Report on vaccination in Madras 1922-1929 - 1922-1929
Year: 1922
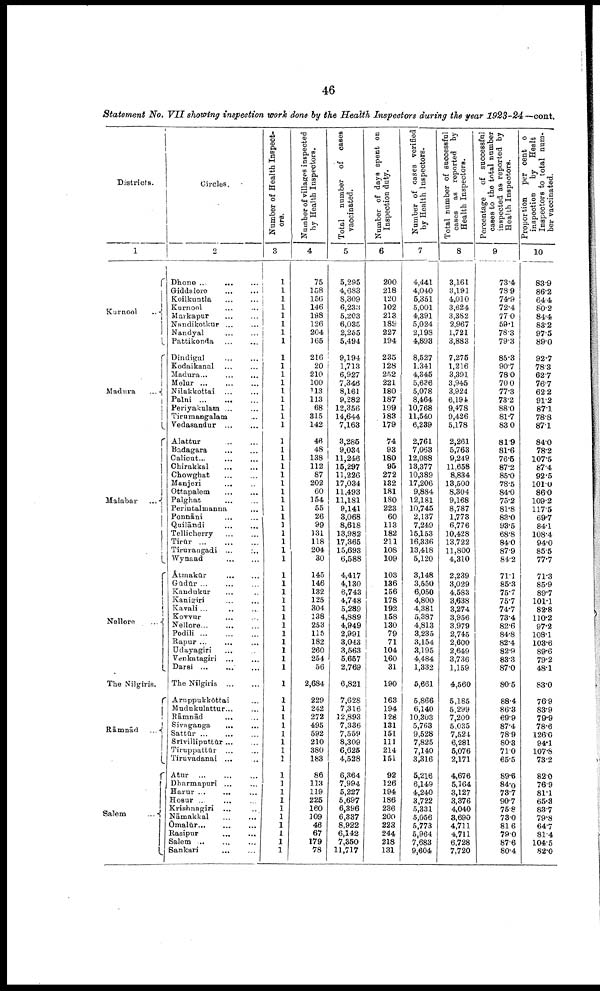
46
Statement No. VII showing inspection work done by the Health Inspectors during the year 1923-24—cont.
Districts.
1
Kurnool...
Madura...
Malabar...
Nellore.
The Nilgiris.
Rāmnād.
Salem.
Circles.
2
Dhone... ...
Giddalore... ...
Koilkuntla...
Kurnool...
Markapur...
Nandikotkur...
Nandyal... ...
Pattikonda...
...
Dindigul... ...
Kodaikanal... ...
Madura... ...
Melur... ...
Nilakkottai... ...
Palni... ...
Periyakulam... ...
Tirumangalam...
Vedasandur...
...
Alattur... ...
Badagara... ...
Calicut... ...
Chirakkal... ...
Chowghat... ...
Manjeri... ...
Ottapalem...
Palghat... ...
Perintalmanna...
Ponnāni...
Quilāndi... ...
Tellicherry... ...
Tirūr... ...
Tirurangadi... ...
Wynaad... ...
Àtmakūr...
Gūdūr...
Kaudukur...
Kanigiri...
Kavali ...
Kovvur...
Nellore... ...
Podili... ...
Rapur...
Udayagiri... ...
Venkatagiri... ...
Darsi...
The Nilgiris
Aruppukkōttai...
Mudukulattur...
Rāmnād
...
Sivaganga
...
Sattūr...
Srivilliputtūr...
Tiruppattūr ...
Tiruvadanai ...
Atur...
Dharmapuri ...
Harur ...
Hosur ...
Krishnagiri
Nāmakkal...
Omalūr... ...
Rasipur
Salem ...
Bankari
...
Number of Health Inspect.
ors.
3
1
1
1
1
1
1
1
1
1
1
1
1
1
1
1
1
1
1
1
1
1
1
1
1
1
1
1
1
1
1
1
1
1
1
1
1
1
1
1
1
1
1
1
1
1
1
1
1
1
1
1
1
1
1
1
1
1
1
1
1
1
1
1
Number of villages inspected
by Health Inspectors.
4
75
158
156
146
198
126
204
165
216
20
210
100
113
113
68
315
142
46
48
138
112
87
202
60
154
55
26
99
131
118
204
30
145
146
132
125
304
138
253
115
182
260
254
56
2,684
229
242
272
495
592
210
380
183
86
113
119
225
160
109
46
67
179
78
Total number of cases
vaccinated.
5
5,295
4,683
8,309
6,233
5,203
6,035
2,255
5,494
9,194
1,713
6,927
7,346
8,161
9,282
12,356
14,644
7,163
3,285
9,034
11,246
15,297
11,226
17,034
11,493
11,181
9,141
3,068
8,618
13,982
17,365
15,693
6,588
4,417
4,130
6,743
4,748
5,289
4,889
4,949
2,991
3,043
3,563
5,657
2,769
6,821
7,628
7,316
12,893
7,336
7,559
8,309
6,625
4,528
6,364
7,994
5,227
5,697
6,396
6,337
8,922
6,142
7,350
11,717
Number of days spent on
Inspection duty.
6
200
218
120
102
213
189
227
194
235
128
252
221
180
187
199
183
179
74
93
180
95
272
132
181
180
223
60
113
182
211
108
109
103
136
156
178
192
158
130
79
71
104
160
31
190
163
194
128
131
151
111
214
151
92
126
194
186
236
200
223
244
218
131
Number of cases verified
by Health Inspectors.
7
4,441
4,040
5,351
5,001
4,391
5,024
2,198
4,893
8,527
1,341
4,345
5,636
5,078
8,464
10,768
11,540
6,239
2,761
7,063
12,088
13,377
10,389
17,206
9,884
12,181
10,745
2,137
7,249
15,153
16,336
13,418
5,120
3,148
3,550
6,050
4,800
4,381
5,387
4,813
3,235
3,154
3,195
4,484
1,332
5,661
5,866
6,140
10,303
5,763
9,528
7,825
7,140
3,316
6,216
6,149
4,240
3,722
5,331
5,056
5,773
5,964
7,683
9,604
Total number of successful
cases as reported by
Health Inspectors.
8
3,161
3,191
4,010
3,624
3,382
2,967
1,721
3,883
7,275
1,216
3,391
3,945
3,924
6,194
9,478
9,426
5,178
2,261
5,763
9,249
11,658
8,834
13,500
8,304
9,168
8,787
1,773
6,776
10,428
13,722
11,800
4,310
2,239
3,029
4,583
3,638
3,274
3,956
3,979
2,745
2,600
2,649
3,736
1,159
4,560
5,185
5,299
7,200
5,035
7,524
6,281
5,076
2,171
4,676
5,164
3,127
3,376
4,040
3,690
4,711
4,711
6,728
7,720
Percentage
of successful
cases to the total number
inspected as reported by
Health Inspectors.
9
73.4
78.9
74.9
72.4
77.0
59.1
78.3
79.3
85.3
90.7
78.0
70.0
77.3
73.2
88.0
81.7
83.0
81.9
81.6
76.6
87.2
85.0
78.5
84.0
75.2
81.8
83.0
93.5
68.8
84.0
87.9
84.2
71.1
85.3
75.7
75.7
74.7
73.4
82.6
84.8
82.4
82.9
83.3
87.0
80.5
88.4
86.3
69.9
87.4
78.9
80.3
71.0
65.5
89.6
84.0
73.7
90.7
75.8
73.0
81.6
79.0
87.6
80.4
Proportion
per cent o
inspection
by Healt
Inspectors to total num
ber vaccinated.
10
83.9
86.2
64.4
80.2
84.4
83.2
97.5
89.0
92.7
78.3
62.7
76.7
62.2
91.2
87.1
78.8
87.1
84.0
78.2
107.5
87.4
92.5
101.0
86.0
109.2
117.5
69.7
84.1
108.4
94.0
85.5
77.7
71.3
85.9
89.7
101.1
82.8
110.2
97.2
108.1
103.6
89.6
79.2
48.1
83.0
76.9
83.9
79.9
78.6
126.0
94.1
107.8
73.2
82.0
76.9
81.1
65.3
83.7
79.8
64.7
81.4
104.5
82.0